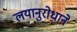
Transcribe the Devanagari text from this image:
लयानुरोधाने